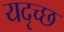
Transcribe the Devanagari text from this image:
यदृच्छ